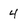
Character: 4